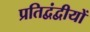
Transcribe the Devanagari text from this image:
प्रतिद्वंद्वीयों